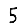
Digit: 5